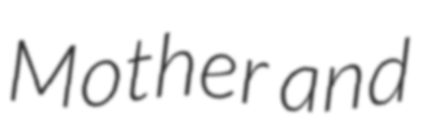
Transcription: Mother and